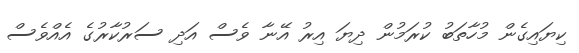
ކިޔައިގެން މުހާތަބު ކުރަމުން ދިޔަ އިރު އޭނާ ވެސް އަދި ސަރުކާރުގެ އެއްވެސް